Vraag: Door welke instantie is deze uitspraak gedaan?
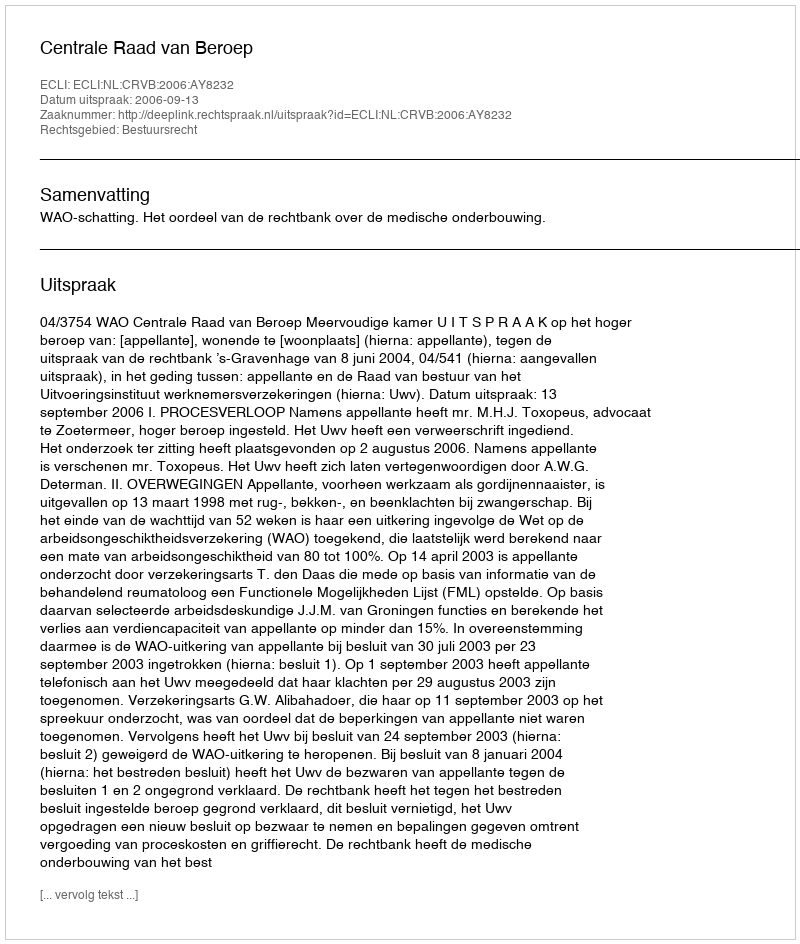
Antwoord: Centrale Raad van Beroep